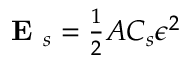
\begin{array} { r } { \textbf { E } _ { s } = \frac { 1 } { 2 } A C _ { s } \epsilon ^ { 2 } } \end{array}